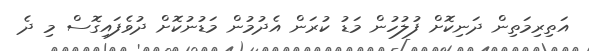
އަތިރިމަތިން ދަނިކޮށް ފުލުހުން މަޑު ކުރަން އެދުމުން މަޑުނުކޮށް ދުވެފައިގޮސް މި ދެ